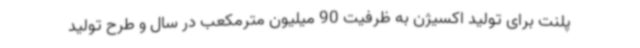
پلنت برای تولید اکسیژن به ظرفیت 90 میلیون مترمکعب در سال و طرح تولید